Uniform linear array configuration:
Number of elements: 12
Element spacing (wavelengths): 0.25
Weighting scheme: blackman
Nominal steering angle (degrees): -60
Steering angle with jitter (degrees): -58.531
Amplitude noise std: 0.05
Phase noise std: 0.05

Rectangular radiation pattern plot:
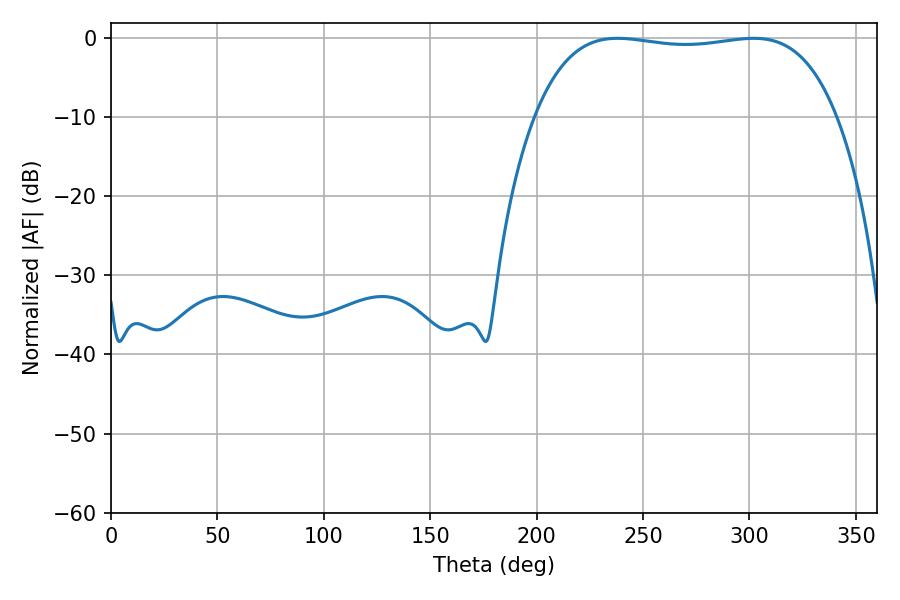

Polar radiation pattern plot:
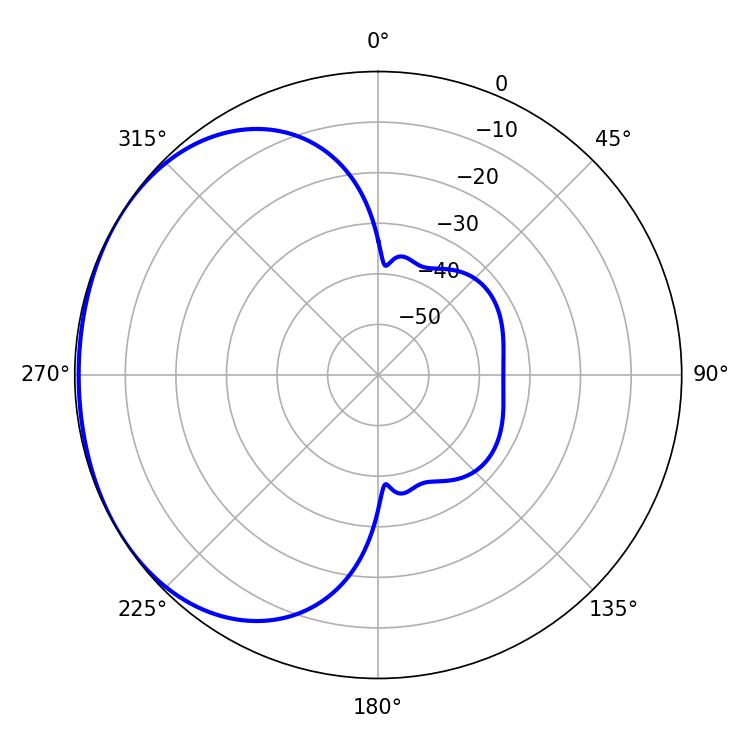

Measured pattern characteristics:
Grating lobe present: FALSE
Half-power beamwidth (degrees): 113.04
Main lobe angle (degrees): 237.96